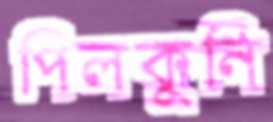
পিলকুনি